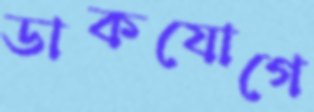
ডাকযোগে